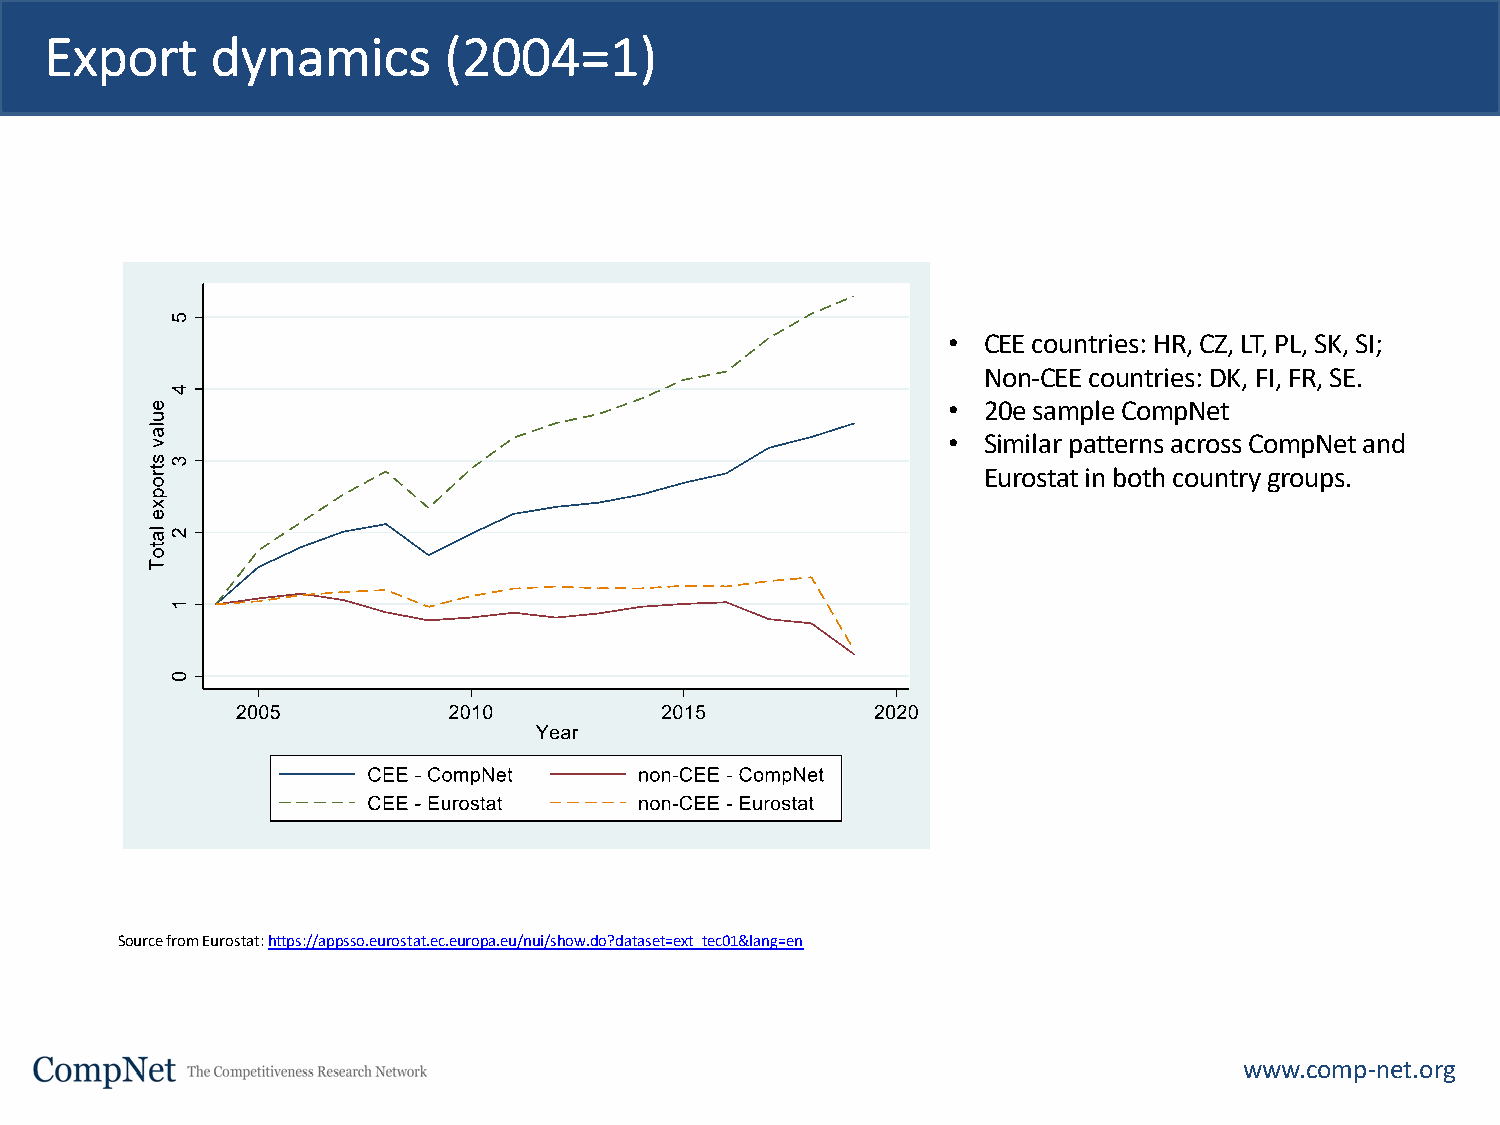
Export     dynamics       (2004=1)
 • CEE countries: HR, CZ, LT, PL, SK, SI;
 Non-CEE countries: DK, FI, FR, SE.
 • 20e sample CompNet
 • Similar patterns across CompNet and
 Eurostat in both country groups.
 Source from Eurostat: https://appsso.eurostat.ec.europa.eu/nui/show.do?dataset=ext_tec01&lang=en
 www.comp-net.org